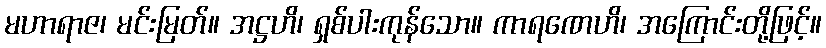
မဟာရာဇ၊ မင်းမြတ်။ အဋ္ဌဟိ၊ ရှစ်ပါးကုန်သော။ ကာရဏေဟိ၊ အကြောင်းတို့ဖြင့်။